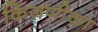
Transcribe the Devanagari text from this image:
किंजणीका